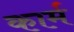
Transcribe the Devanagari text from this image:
कार्म